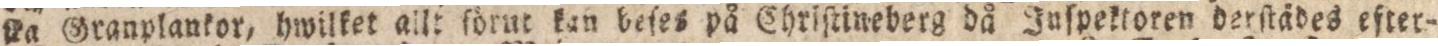
na Granplankor, hwilket allt ſörut kan beſes på Chriſtineberg då Juſpektoren derſtädes efter-